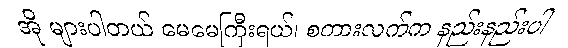
အို များပါတယ် မေမေကြီးရယ်၊ စကားလက်က နည်းနည်းပါ